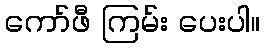
ကော်ဖီ ကြမ်း ပေးပါ။